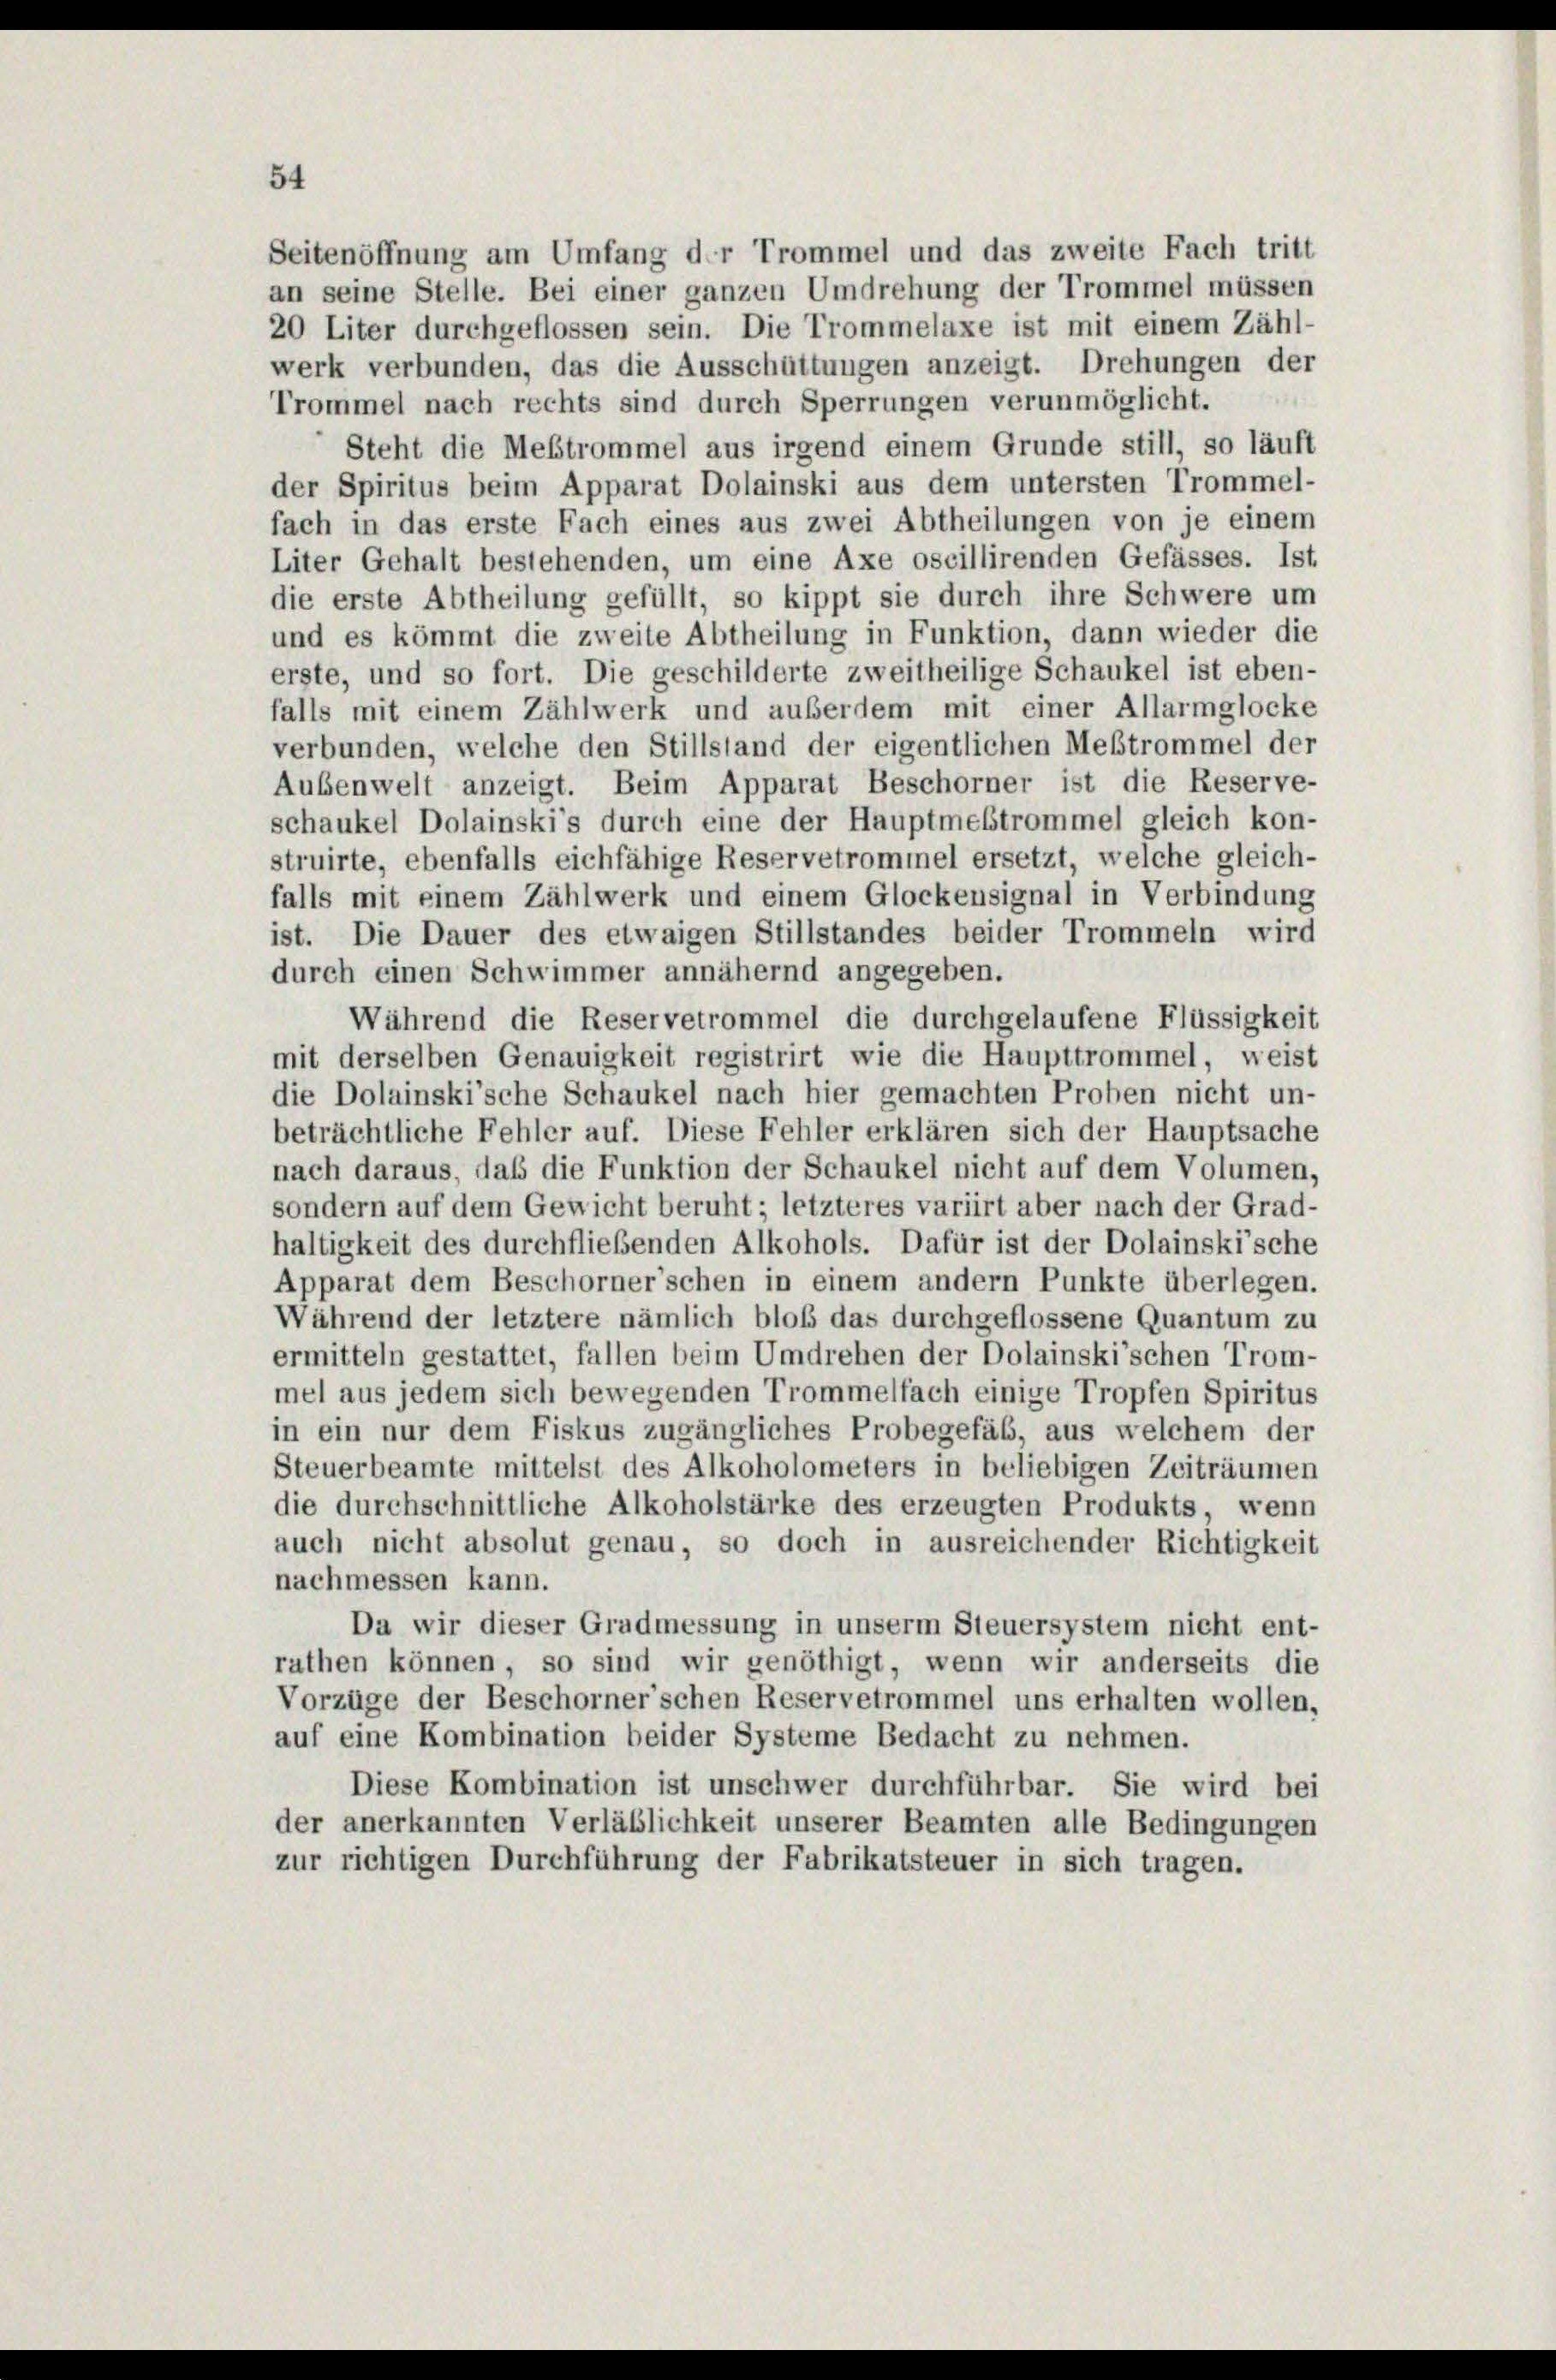
Seitenöffnung am Umfang der Trommel und das zweite Fach tritt
an seine Stelle. Bei einer ganzen Umdrehung der Trommel müssen
20 Liter durchgeflossen sein. Die Trommelaxe ist mit einem Zähl-
werk verbunden, das die Ausschüttungen anzeigt. Drehungen der
Trommel nach rechts sind durch Sperrungen verunmöglicht.
Steht die Mestrommel aus irgend einem Grunde still, so läuft
der Spiritus beim Apparat Dolainski aus dem untersten Trommel-
fach in das erste Fach eines aus zwei Abtheilungen von je einem
Liter Gehalt bestehenden, um eine Axe oscillirenden Gefässes. Ist
die erste Abtheilung gefüllt, so kippt sie durch ihre Schwere um
und es kömmt die zweite Abtheilung in Funktion, dann wieder die
erste, und so fort. Die geschilderte zweitheilige Schaukel ist eben-
falls mit einem Zählwerk und außerdem mit einer Allarmglocke
verbunden, welche den Stillstand der eigentlichen Mestrommel der
Außenwelt anzeigt. Beim Apparat Beschorner ist die Reserve-
schaukel Dolainski’s durch eine der Hauptmeistrommel gleich kon-
struirte, ebenfalls eichfähige Reservetrommel ersetzt, welche gleich-

54

falls mit einem Zählwerk und einem Glockensignal in Verbindung
ist. Die Dauer des etwaigen Stillstandes beider Trommeln wird
durch einen Schwimmer annähernd angegeben.
Während die Reservetrommel die durchgelaufene Flüssigkeit
mit derselben Genauigkeit registrirt wie die Haupttrommel, weist
die Dolainski’sche Schaukel nach hier gemachten Proben nicht un-
beträchtliche Fehler auf. Diese Fehler erklären sich der Hauptsache
nach daraus, daß die Funktion der Schaukel nicht auf dem Volumen,
sondern auf dem Gewicht beruht; letzteres variirt aber nach der Grad-
haltigkeit des durchfliebenden Alkohols. Dafür ist der Dolainskische
Apparat dem Beschorner’schen in einem andern Punkte überlegen.
Während der letztere nämlich bloß das durchgeflossene Quantum zu
ermitteln gestattet, fallen beim Umdrehen der Dolainskischen Trom-
mel aus jedem sich bewegenden Trommelfach einige Tropfen Spiritus
in ein nur dem Fiskus zugängliches Probegefäb, aus welchem der
Steuerbeamte mittelst des Alkoholometers in beliebigen Zeiträumen
die durchschnittliche Alkoholstärke des erzeugten Produkts, wenn
auch nicht absolut genau, so doch in ausreichender Richtigkeit
nachmessen kann.
Da wir dieser Gradmessung in unserm Steuersystem nicht ent-
rathen können, so sind wir genöthigt, wenn wir anderseits die
Vorzüge der Beschorner’schen Reservetrommel uns erhalten wollen,
auf eine Kombination beider Systeme Bedacht zu nehmen.
Diese Kombination ist unschwer durchführbar. Sie wird bei
der anerkannten Verläßlichkeit unserer Beamten alle Bedingungen
zur richtigen Durchführung der Fabrikatsteuer in sich tragen.